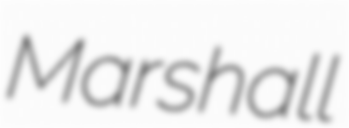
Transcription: Marshall